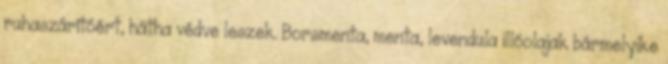
ruhaszárítóért, hátha védve leszek. Borsmenta, menta, levendula illóolajak bármelyike